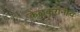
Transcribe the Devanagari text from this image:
केळकरांनीच